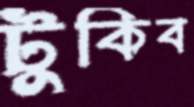
টুকিব